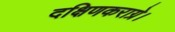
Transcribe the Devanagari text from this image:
दक्षिणकराग्रे।